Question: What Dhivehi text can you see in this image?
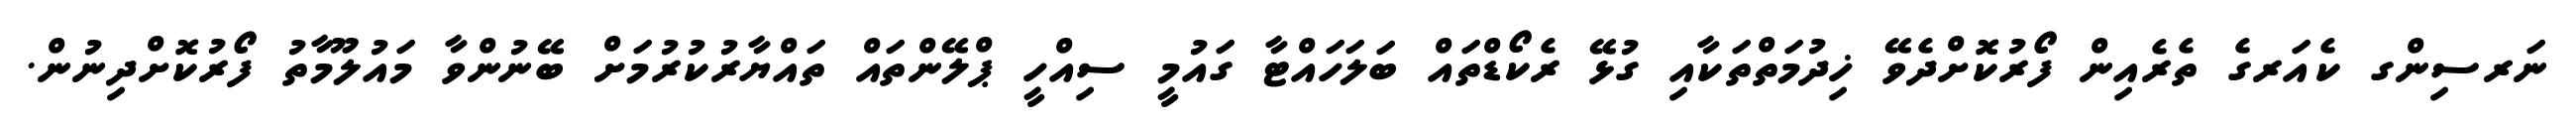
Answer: ނަރސިންގ ކެއަރގެ ތެރެއިން ފޯރުކޮށްދެވޭ ޚިދުމަތްތަކާއި ގުޅޭ ރެކޯޑްތައް ބަލަހައްޓާ ގައުމީ ސިއްހީ ޕްލޭންތައް ތައްޔާރުކުރުމަށް ބޭނުންވާ މައުލޫމާތު ފޯރުކޮށްދިނުން.